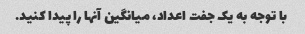
با توجه به یک جفت اعداد، میانگین آنها را پیدا کنید.